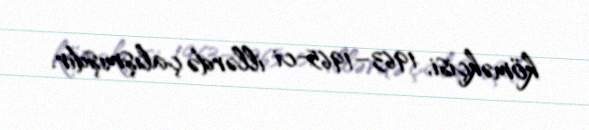
köməkçisi, 1963–1965-ci illərdə çalışmışdır.